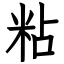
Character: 粘